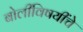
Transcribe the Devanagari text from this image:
बोलींविषयींचे